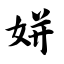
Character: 姘